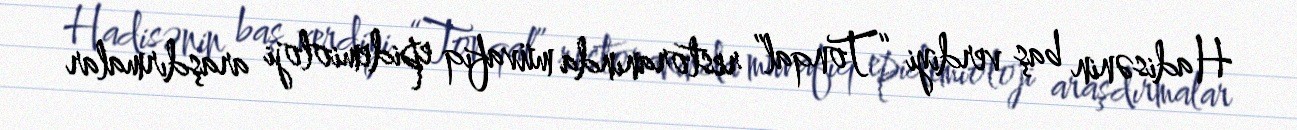
Hadisənin baş verdiyi “Tonqal” restoranında müvafiq epidemioloji araşdırmalar